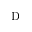
\mathrm { D }